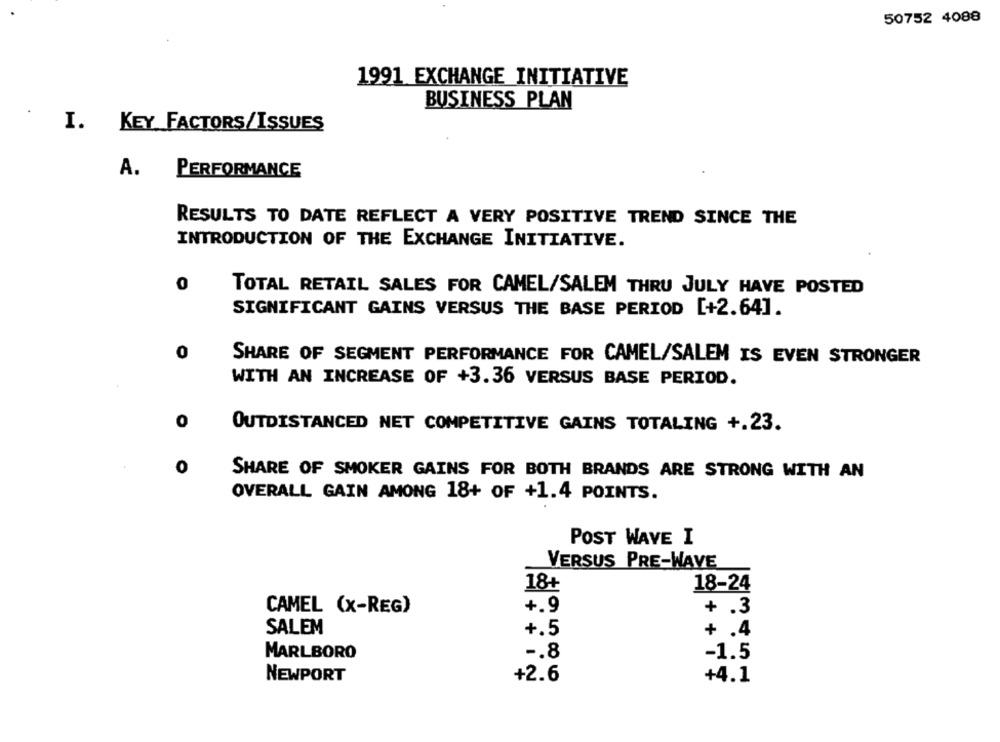
50752 4088
1991 EXCHANGE INITIATIVE
BUSINESS PLAN
I. KEY FACTORS/ISSUES
A. PERFORMANCE
RESULTS TO DATE REFLECT A VERY POSITIVE TREND SINCE THE
INTRODUCTION OF THE EXCHANGE INITIATIVE.
0
TOTAL RETAIL SALES FOR CAMEL/SALEM THRU JULY HAVE POSTED
SIGNIFICANT GAINS VERSUS THE BASE PERIOD [+2.64].
0
SHARE OF SEGMENT PERFORMANCE FOR CAMEL/SALEM IS EVEN STRONGER
WITH AN INCREASE OF +3.36 VERSUS BASE PERIOD.
OUTDISTANCED NET COMPETITIVE GAINS TOTALING +.23.
0
SHARE OF SMOKER GAINS FOR BOTH BRANDS ARE STRONG WITH AN
OVERALL GAIN AMONG 18+ OF +1.4 POINTS.
POST WAVE I
VERSUS PRE-WAVE
18+
18-24
+.9
+ .3
CAMEL (x-REG)
SALEM
+.5
+ .4
-. 8
MARLBORO
-1.5
NEWPORT
+2.6
+4.1